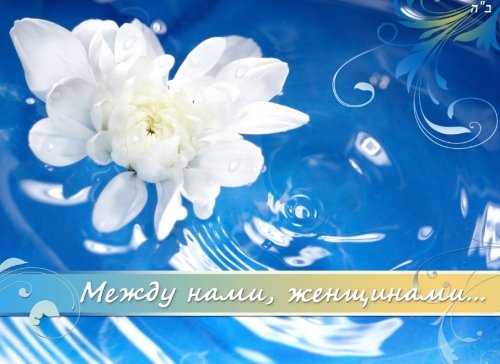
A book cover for Between us, women (Russian Edition); Luba Ahuva Perlov; Religion & Spirituality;